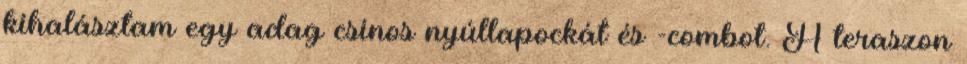
kihalásztam egy adag csinos nyúllapockát és -combot. A teraszon